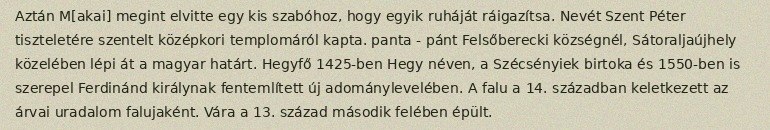
Aztán M[akai] megint elvitte egy kis szabóhoz, hogy egyik ruháját ráigazítsa. Nevét Szent Péter tiszteletére szentelt középkori templomáról kapta. panta - pánt Felsőberecki községnél, Sátoraljaújhely közelében lépi át a magyar határt. Hegyfő 1425-ben Hegy néven, a Szécsényiek birtoka és 1550-ben is szerepel Ferdinánd királynak fentemlített új adománylevelében. A falu a 14. században keletkezett az árvai uradalom falujaként. Vára a 13. század második felében épült.